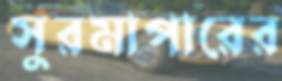
সুরমাপারের